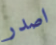
اصدر